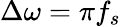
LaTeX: \Delta\omega=\pi f_{s}